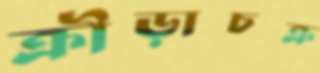
ক্রীড়াচক্র